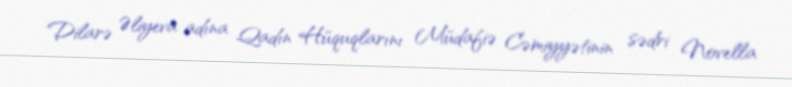
Dilarə Əliyeva adına Qadın Hüquqlarını Müdafiə Cəmiyyətinin sədri Novella